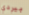
بيردي